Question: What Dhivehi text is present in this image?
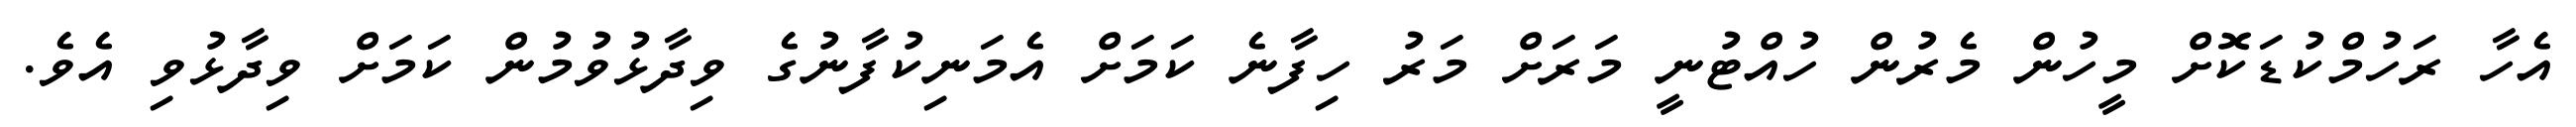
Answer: އެހާ ރަހުމްކުޑަކޮށް މީހުން މެރުން ހުއްޓުނީ މަރަށް މަރު ހިފާނެ ކަމަށް އެމަނިކުފާނުގެ ވިދާޅުވުމުން ކަމަށް ވިދާޅުވި އެވެ.